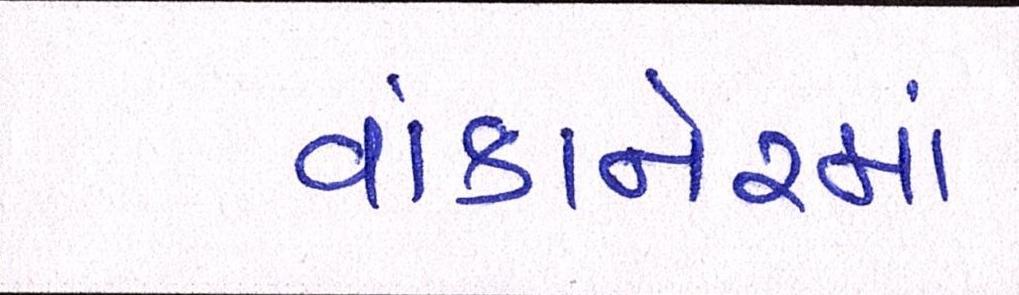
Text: વાંકાનેરમાં